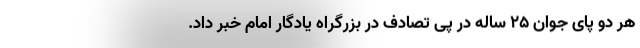
هر دو پای جوان ٢۵ ساله در پی تصادف در بزرگراه یادگار امام خبر داد.